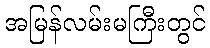
အမြန်လမ်းမကြီးတွင်